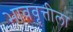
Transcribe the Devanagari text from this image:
भाववृत्तीला